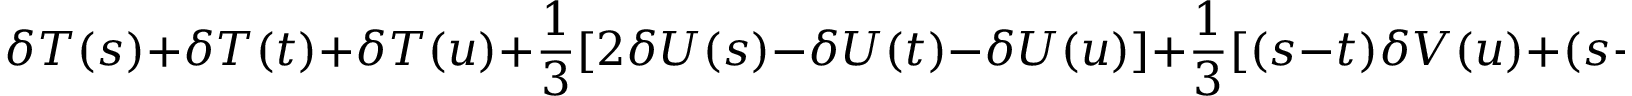
\delta T ( s ) + \delta T ( t ) + \delta T ( u ) + \frac { 1 } { 3 } [ 2 \delta U ( s ) - \delta U ( t ) - \delta U ( u ) ] + \frac { 1 } { 3 } [ ( s - t ) \delta V ( u ) + ( s - u ) \delta V ( t ) ] = 0 .